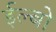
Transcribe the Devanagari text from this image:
ईल्बो